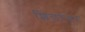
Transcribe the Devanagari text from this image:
शिडांवर